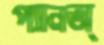
প্যানঅ্